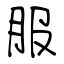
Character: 服